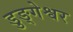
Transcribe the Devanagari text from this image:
डुङ्गेश्वर